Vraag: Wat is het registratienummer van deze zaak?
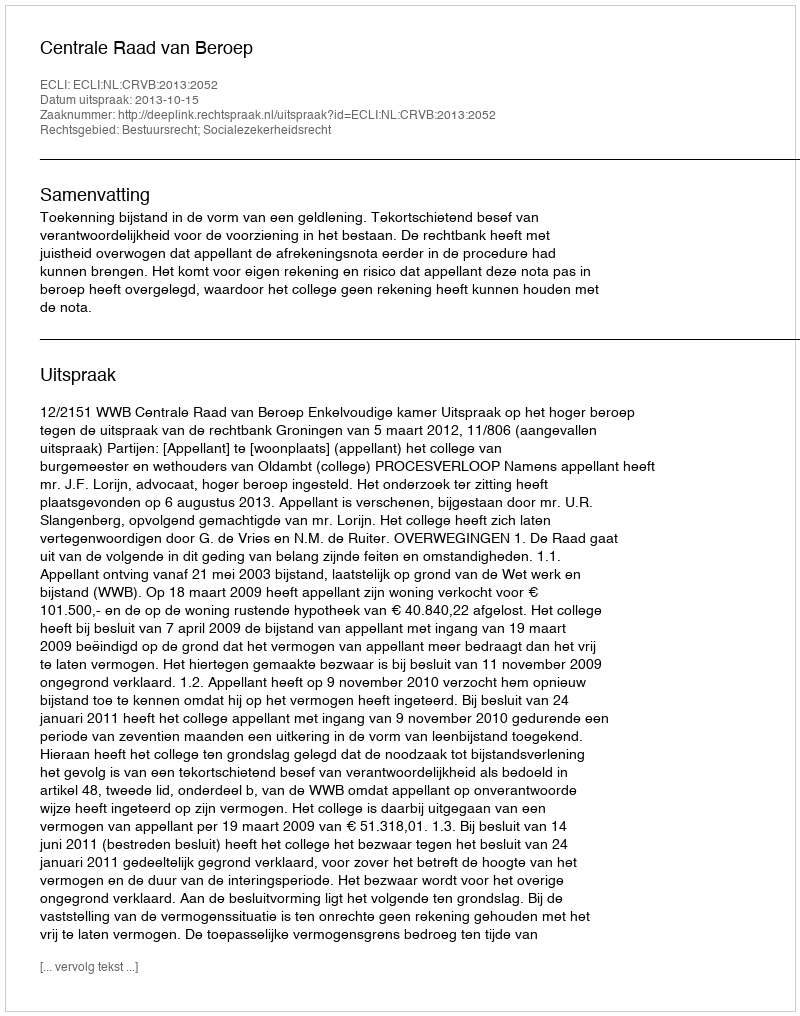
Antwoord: http://deeplink.rechtspraak.nl/uitspraak?id=ECLI:NL:CRVB:2013:2052